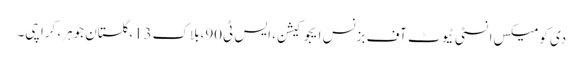
دی کومیکس انسٹی ٹیوٹ آف بزنس ایجوکیشن، ایس ٹی90،بلاک13،گلستان جوہر، کراچی۔